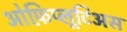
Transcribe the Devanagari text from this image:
ओफ़िप्लूटिअस